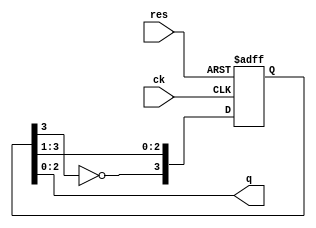
`timescale 1ns/1ps
module gray_cnt_easy(ck, res, q);
    input ck, res;
    output [2:0] q;
    reg [3:0] r;

    always @(posedge ck or posedge res) begin
        if (res)
            r <= 4'b0000; // Reset condition
        else
            r <= {~r[3], r[3:1]}; // Shift and invert highest bit
    end

    assign q = r;
endmodule